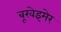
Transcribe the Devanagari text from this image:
बूखेइमेर